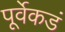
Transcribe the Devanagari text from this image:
पूर्वेकडं